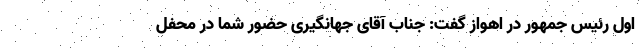
اول رئیس جمهور در اهواز گفت: جناب آقای جهانگیری حضور شما در محفل